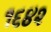
૧૬૪૨